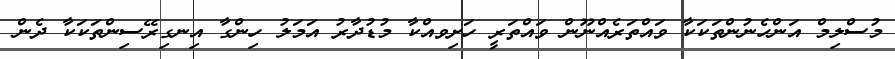
މުސްލިމް އަންހެނުންތަކަކާ ވައްތަރެއްނޫން ވައްތަރީ ހަށިވއްކާ މުޑުދާރު އަމަލު ހިންގާ އިނގިރޭސިންތަކަކާ ދެން